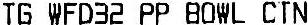
TG WFD32 PP BOWL CTN